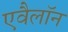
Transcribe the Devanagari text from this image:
एवैलॉन